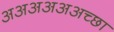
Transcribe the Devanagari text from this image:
अअअअअअच्छा